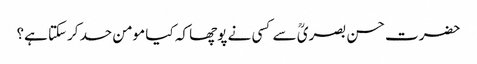
حضرت حسن بصریؒ سے کسی نے پوچھا کہ کیا مومن حسد کرسکتا ہے؟